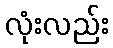
လုံးလည်း